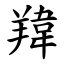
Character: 䍷